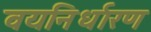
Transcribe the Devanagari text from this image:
वयनिर्धारण